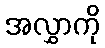
အလွှာကို